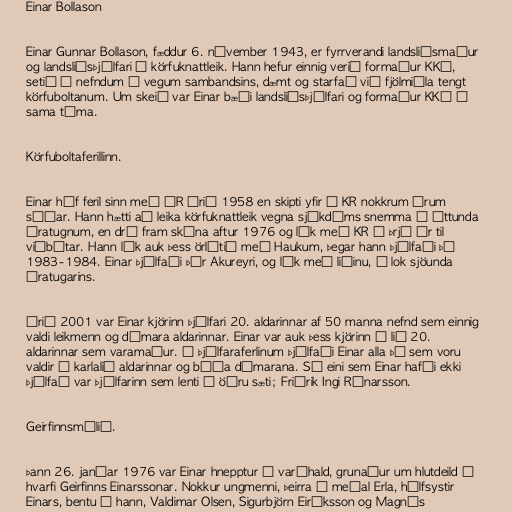
Einar Bollason

Einar Gunnar Bollason, fæddur 6. nóvember 1943, er fyrrverandi landsliðsmaður
og landsliðsþjálfari í körfuknattleik. Hann hefur einnig verið formaður KKÍ,
setið í nefndum á vegum sambandsins, dæmt og starfað við fjölmiðla tengt
körfuboltanum. Um skeið var Einar bæði landsliðsþjálfari og formaður KKÍ á
sama tíma.

Körfuboltaferillinn.

Einar hóf feril sinn með ÍR árið 1958 en skipti yfir í KR nokkrum árum
síðar. Hann hætti að leika körfuknattleik vegna sjúkdóms snemma á áttunda
áratugnum, en dró fram skóna aftur 1976 og lék með KR í þrjú ár til
viðbótar. Hann lék auk þess örlítið með Haukum, þegar hann þjálfaði þá
1983-1984. Einar þjálfaði Þór Akureyri, og lék með liðinu, í lok sjöunda
áratugarins.

Árið 2001 var Einar kjörinn þjálfari 20. aldarinnar af 50 manna nefnd sem einnig
valdi leikmenn og dómara aldarinnar. Einar var auk þess kjörinn í lið 20.
aldarinnar sem varamaður. Á þjálfaraferlinum þjálfaði Einar alla þá sem voru
valdir í karlalið aldarinnar og báða dómarana. Sá eini sem Einar hafði ekki
þjálfað var þjálfarinn sem lenti í öðru sæti; Friðrik Ingi Rúnarsson.

Geirfinnsmálið.

Þann 26. janúar 1976 var Einar hnepptur í varðhald, grunaður um hlutdeild í
hvarfi Geirfinns Einarssonar. Nokkur ungmenni, þeirra á meðal Erla, hálfsystir
Einars, bentu á hann, Valdimar Olsen, Sigurbjörn Eiríksson og Magnús